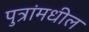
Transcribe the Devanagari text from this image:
पुत्रांमधील